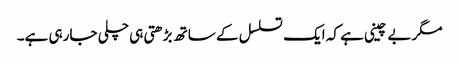
مگربے چینی ہے کہ ایک تسلسل کے ساتھ بڑھتی ہی چلی جارہی ہے۔